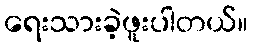
ရေးသားခဲ့ဖူးပါတယ်။